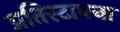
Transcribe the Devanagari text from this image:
प्रतिस्टापना